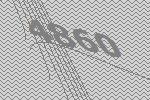
4860